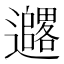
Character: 𫑓